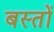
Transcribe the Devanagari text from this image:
बस्तों